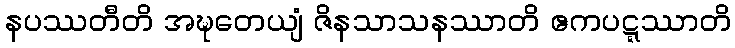
နပဿတီတိ အဍ္ဎတေယျံ ဇိနသာသနဿာတိ ဧကပဋ္ဋဿာတိ